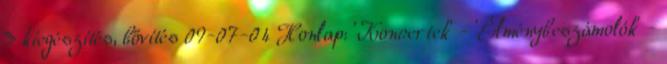
» kiegészítés, bővítés 09-07-04 Honlap: 'Koncertek' - 'Élménybeszámolók' -